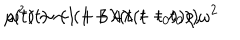
\rho ( t ) \sim ( 1 + 3 \lambda ( t - t _ { 0 } ) ) \rho , \hspace { 0 . 3 i n } \omega ^ { 2 } ( t ) \sim ( 1 + 4 \lambda ( t - t _ { 0 } ) ) \omega ^ { 2 }